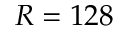
R = 1 2 8